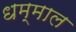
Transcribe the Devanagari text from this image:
धम्माल